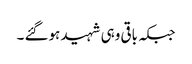
جبکہ باقی وہی شہید ہوگئے ۔